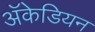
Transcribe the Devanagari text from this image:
अॅकेडियन